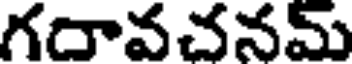
గదావచనమ్